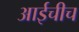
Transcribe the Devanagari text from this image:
आईचीच